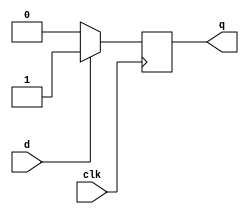
module dff(d,q,clk);
  input d,clk;
  output reg q;
  initial
  begin
    q = 0;
  end
  
  always @(negedge clk)
  begin
    if (d==0) begin q=0; end
    else if (d==1) begin q=1; end
  end
endmodule

module ring_counter(clk, out);
  input clk;
  output [3:0]out;
  
  dff d1(.d(out[3]),.q(out[0]),.clk(clk));
  dff d2(.d(out[0]),.q(out[1]),.clk(clk));
  dff d3(.d(out[1]),.q(out[2]),.clk(clk));
  dff d4(.d(out[2]),.q(out[3]),.clk(clk));
  
endmodule